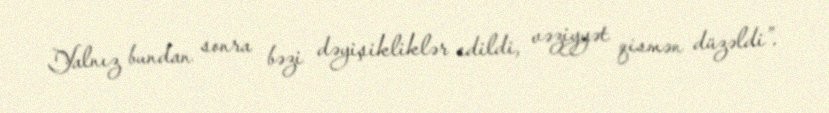
Yalnız bundan sonra bəzi dəyişikliklər edildi, vəziyyət qismən düzəldi”.